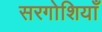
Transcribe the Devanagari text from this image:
सरगोशियाँ